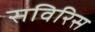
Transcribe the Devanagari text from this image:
सविरिस